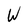
Character: W